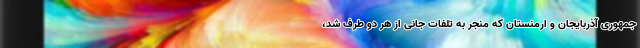
جمهوری آذربایجان و ارمنستان که منجر به تلفات جانی از هر دو طرف شد،